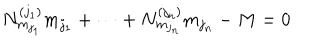
N _ { m _ { j _ { 1 } } } ^ { ( j _ { 1 } ) } m _ { j _ { 1 } } + \cdots + N _ { m _ { j _ { n } } } ^ { ( j _ { n } ) } m _ { j _ { n } } - M = 0